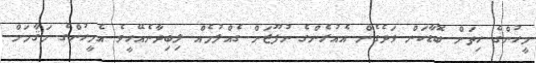
މީހުންގެ ހިތަށް ބޮޑާކަން ވަދެގެން އެއުރެންގެ ނުފޫޒަށް ގެއްލުމެއް ލިބިދާނެއޭހީވެ އެމީހުންގެ މަޤާމަށް